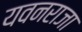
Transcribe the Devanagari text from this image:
यवनराजा